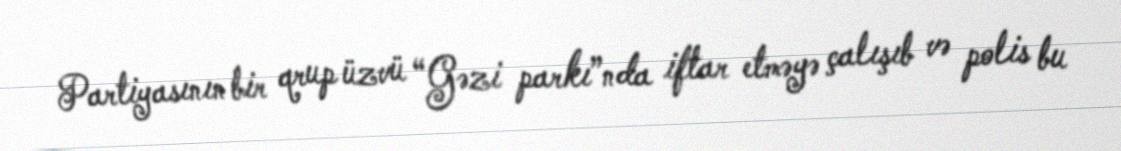
Partiyasının bir qrup üzvü “Gəzi parkı”nda iftar etməyə çalışıb və polis bu